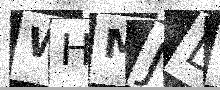
Text: WHMJDG